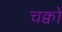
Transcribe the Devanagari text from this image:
चक्वों